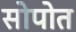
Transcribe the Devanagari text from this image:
सोपोत